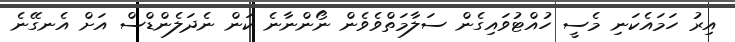
އިރު ހަމައެކަނި މެސީ ހުއްޓުވައިގެން ސަލާމަތްވެވެން ނޯންނާނެ ކަން ނެދަލެންޑްސް އަށް އެނގޭނެ